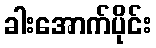
ခါးအောက်ပိုင်း